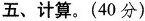
五、计算。(40分)